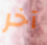
آخر